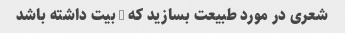
شعری در مورد طبیعت بسازید که 8 بیت داشته باشد